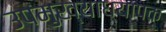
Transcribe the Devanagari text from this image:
उपमुख्याध्यापक